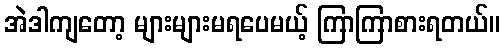
အဲဒါကျတော့ များများမရပေမယ့် ကြာကြာစားရတယ်။